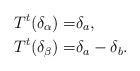
LaTeX: \begin{align*}T^t(\delta_{\alpha})=&\delta_a,\\T^t(\delta_{\beta})=&\delta_a-\delta_b.\end{align*}